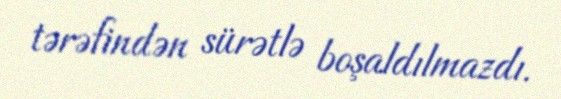
tərəfindən sürətlə boşaldılmazdı.